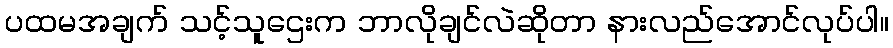
ပထမအချက် သင့်သူဌေးက ဘာလိုချင်လဲဆိုတာ နားလည်အောင်လုပ်ပါ။